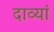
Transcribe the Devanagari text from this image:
दाव्यां